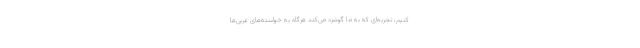
‌کنیم، تجربه‌ای که به ما گوشزد می‌کند هرگاه به خواسته‌های غربی‌ها